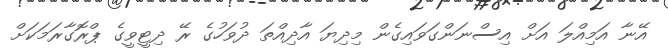
އޭނާ އަމިއްލަ އަށް އިސްނަންގަވައިގެން މިދިޔަ އާދިއްތަ ދުވަހުގެ ރޭ ދިޓީވީގެ ޕްރޮގާރަމަކަށް